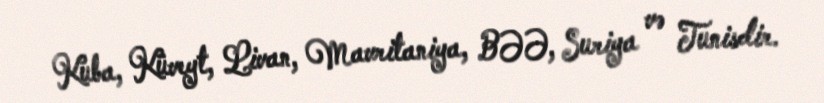
Kuba, Küveyt, Livan, Mavritaniya, BƏƏ, Suriya və Tunisdir.